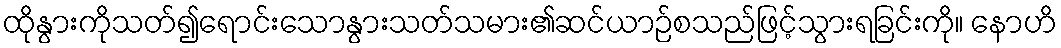
ထိုနွားကိုသတ်၍ရောင်းသောနွားသတ်သမား၏ဆင်ယာဉ်စသည်ဖြင့်သွားရခြင်းကို။ နောဟိ